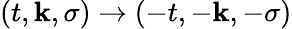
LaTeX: (t,\mathbf{k},\sigma)\rightarrow(-t,-\mathbf{k},-\sigma)